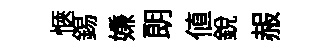
愜錫嫌朗值銳赧